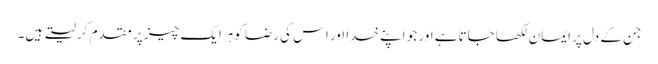
جن کے دل پر ایمان لکھا جاتاہے اور جو اپنے خدا اور اس کی رضا کوہرایک چیز پر مقدم کر لیتے ہیں۔